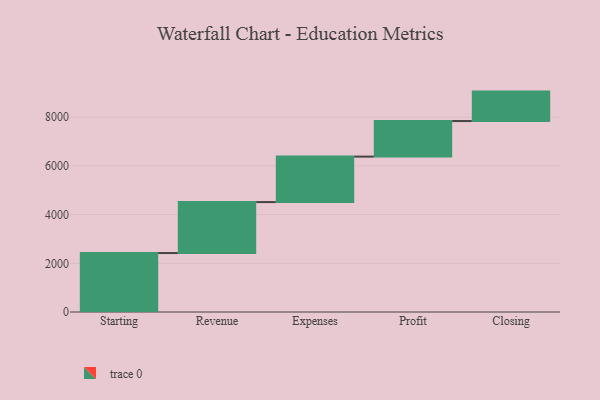
{"axis": {"x": "Step", "y": "Value"}, "legend": [""], "data": [{"x": "Starting", "y": 2421.0, "type": ""}, {"x": "Revenue", "y": 2093.0, "type": ""}, {"x": "Expenses", "y": 1868.0, "type": ""}, {"x": "Profit", "y": 1461.0, "type": ""}, {"x": "Closing", "y": 1209.0, "type": ""}]}